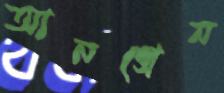
আনগ্রেন